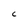
Character: C